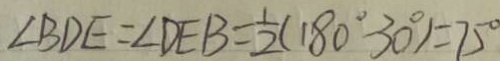
\angle B D E = \angle D E B = \frac { 1 } { 2 } ( 1 8 0 ^ { \circ } - 3 0 ^ { \circ } ) = 7 5 ^ { \circ }